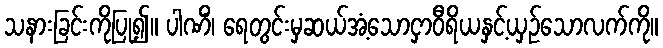
သနားခြင်းကိုပြု၍။ ပါဏိံ၊ ရေတွင်းမှဆယ်အံ့သောငှာဝီရိယနှင့်ယှဉ်သောလက်ကို။